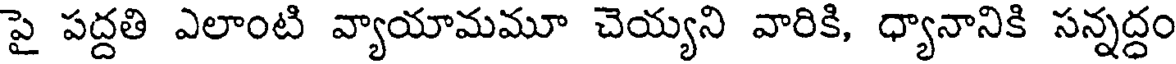
పై పద్దతి ఎలాంటి వ్యాయామమూ చెయ్యని వారికి, ధ్యానానికి సన్నద్ధం